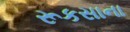
રૂકસાના